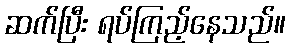
ဆက်ပြီး ရပ်ကြည့်နေသည်။